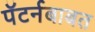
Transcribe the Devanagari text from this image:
पॅटर्नबाबत